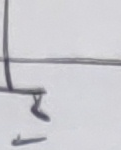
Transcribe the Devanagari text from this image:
रहेछ।